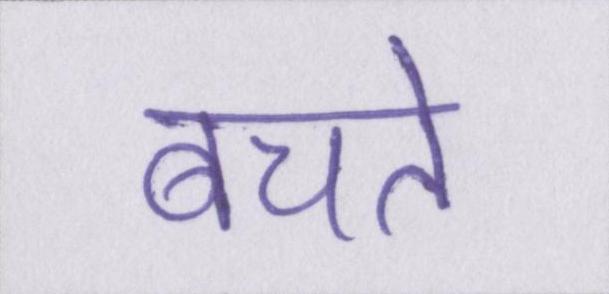
बचते